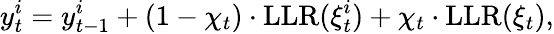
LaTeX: y_{t}^{i}=y_{t-1}^{i}+(1-\chi_{t})\cdot\mathrm{LLR}(\xi_{t}^{i})+\chi_{t}\cdot\mathrm{LLR}(\xi_{t}),